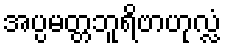
အပ္ပမတ္တဘူရိဗာဟုလ္လံ